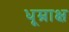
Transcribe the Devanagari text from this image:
धूम्राक्ष